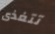
تتغذى